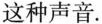
这种声音。